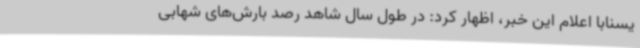
یسنابا اعلام این خبر، اظهار کرد: در طول سال شاهد رصد بارش‌های شهابی